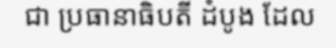
ជា ប្រធានាធិបតី ដំបូង ដែល